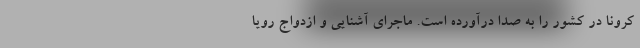
کرونا در کشور را به صدا درآورده است. ماجرای آشنایی و ازدواج رویا